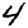
Digit: 4